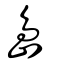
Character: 嶋